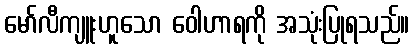
မော်လီကျူးဟူသော ဝေါဟာရကို အသုံးပြုရသည်။